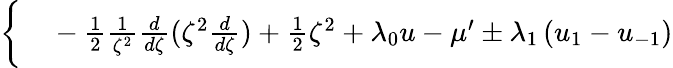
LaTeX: \begin{array}{rl}{\bigg\{ }&{{}-\frac{1}{2}\frac{1}{\zeta^{2}}\frac{d}{d\zeta}(\zeta^{2}\frac{d}{d\zeta})+\frac{1}{2}\zeta^{2}+\lambda_{0}u-\mu^{\prime}\pm\lambda_{1}\left(u_{1}-u_{-1}\right)}\end{array}